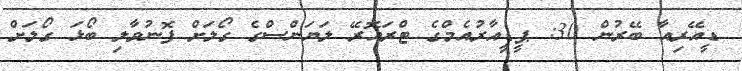
ޑީއޭރިއާ ބޭރުން 30: ޕީޑީއާރުއެމްގެ ޓްރައޮރޭ ލަޔަންސްގެ ގޯލަށް ފޮނުވާލި ބޯޅަ ގޯލަށް